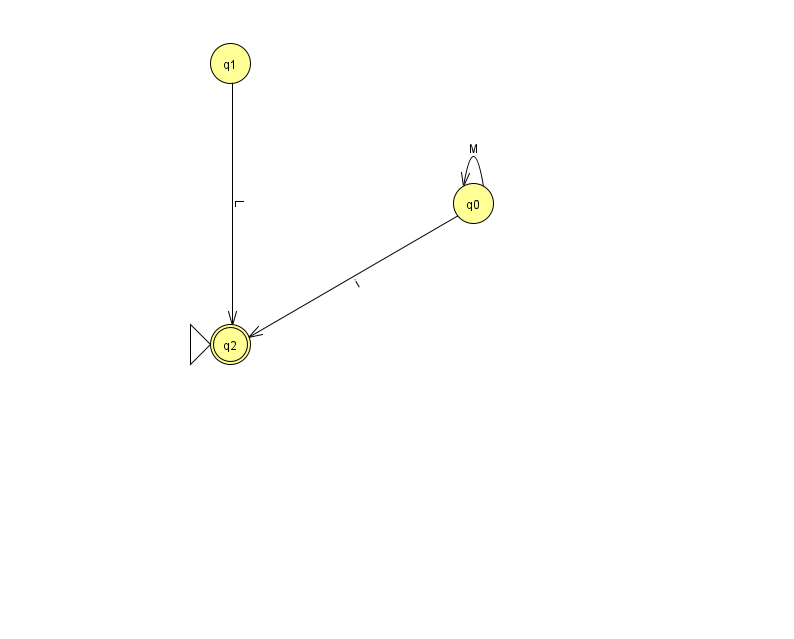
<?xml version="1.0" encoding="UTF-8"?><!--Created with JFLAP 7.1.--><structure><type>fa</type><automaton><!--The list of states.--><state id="0" name="q0"><x>473.0</x><y>190.0</y></state><state id="1" name="q1"><x>230.0</x><y>50.0</y></state><state id="2" name="q2"><x>230.0</x><y>331.0</y><initial/><final/></state><!--The list of transitions.--><transition><from>0</from><to>2</to><read>i</read></transition><transition><from>1</from><to>2</to><read>L</read></transition><transition><from>0</from><to>0</to><read>M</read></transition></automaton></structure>